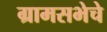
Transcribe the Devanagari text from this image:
ग्रामसभेचे